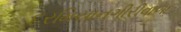
દરમિયાનગીરીવાળા